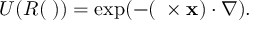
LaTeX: U ( R ( \mathbf { \theta } ) ) = \exp ( - ( \mathbf { \theta } \times \mathbf { x } ) \cdot \nabla ) .